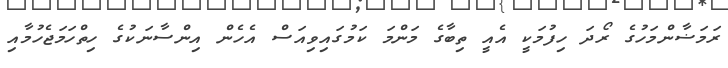
ރަމަޟާންމަހުގެ ރޯދަ ހިފުމަކީ އެއީ ތިބާގެ މަންމަ ކަމުގައިވިއަސް އެހެން އިންސާނަކުގެ ހިތްހަމަޖެހުމާއި